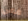
فمي